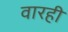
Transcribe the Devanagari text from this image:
वारही